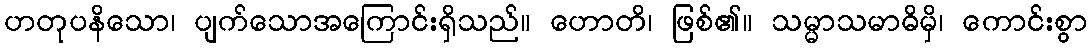
ဟတုပနိသော၊ ပျက်သောအကြောင်းရှိသည်။ ဟောတိ၊ ဖြစ်၏။ သမ္မာသမာဓိမှိ၊ ကောင်းစွာ